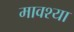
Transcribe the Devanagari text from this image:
मावश्या